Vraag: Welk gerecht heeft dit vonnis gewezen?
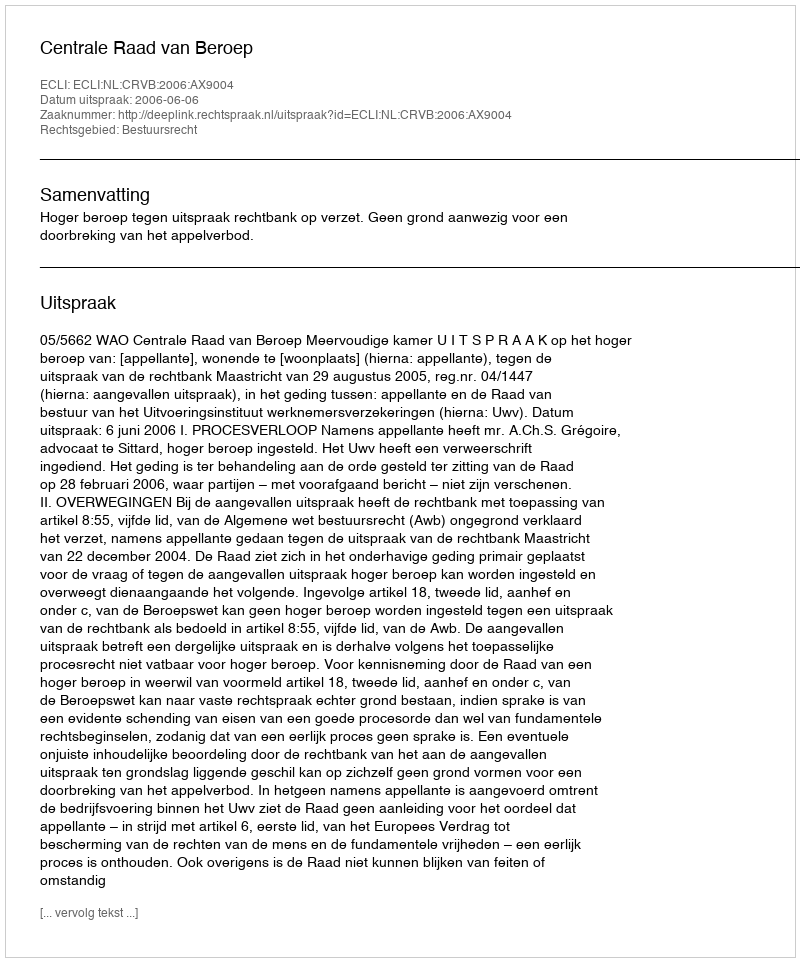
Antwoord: Centrale Raad van Beroep